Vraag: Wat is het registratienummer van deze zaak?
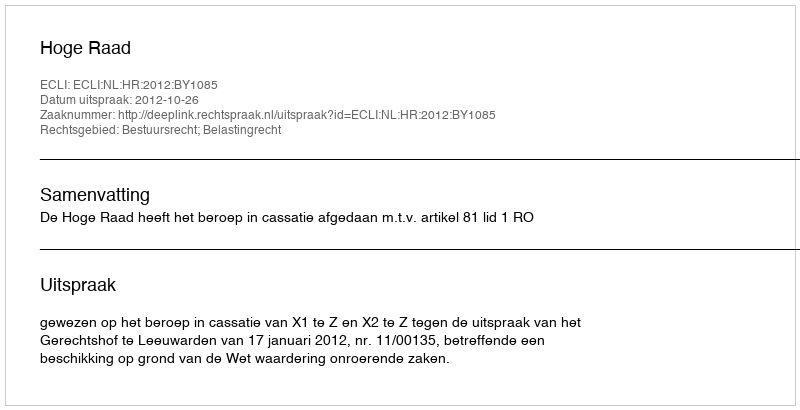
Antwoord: http://deeplink.rechtspraak.nl/uitspraak?id=ECLI:NL:HR:2012:BY1085